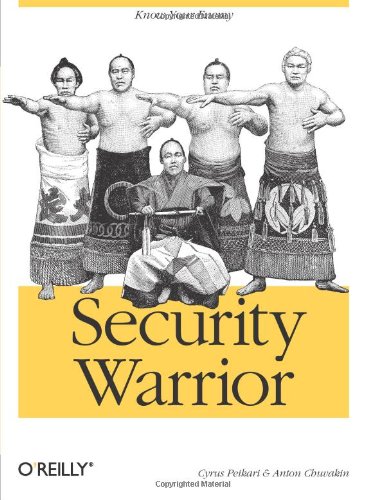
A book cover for Security Warrior; Cyrus Peikari; Computers & Technology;